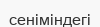
сеніміндегі